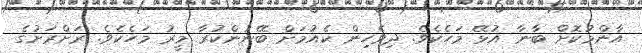
އާންމުކޮށް ބާނާ އުޅޭ މަހެކެވެ. ދިވެހިން ކެއުމަށް ބޭނުންކުރާ މީރު މަހެކެވެ. ރަށްރަށުގެ